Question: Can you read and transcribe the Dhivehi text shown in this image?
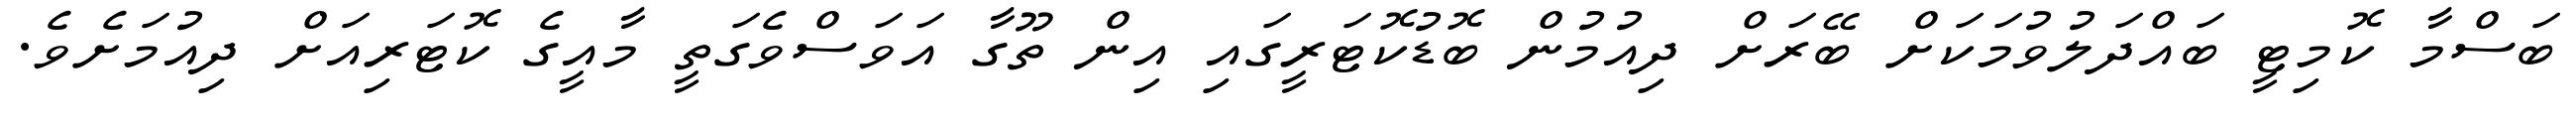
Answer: ބަސްމާ ކޮމިޓީ ބައްދަލުވުމަކަށް ބޭރަށް ދިއުމުން ބޮޑުކޮޓަރީގައި އިން ތޫގާ އަވަސްވެގަތީ މާއީގެ ކޮޓަރިއަށް ދިއުމަށެވެ.